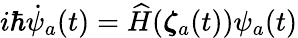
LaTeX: i\hbar\dot{\psi}_{a}(t)=\widehat{H}({\boldsymbol{\zeta}}_{a}(t))\psi_{a}(t)